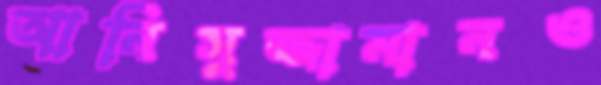
আনিসুজ্জামানও